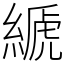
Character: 𦃇